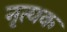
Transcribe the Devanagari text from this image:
नृत्यक